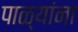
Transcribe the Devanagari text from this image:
पाळ्यांना